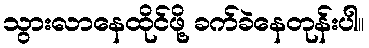
သွားလာနေထိုင်ဖို့ ခက်ခဲနေတုန်းပါ။